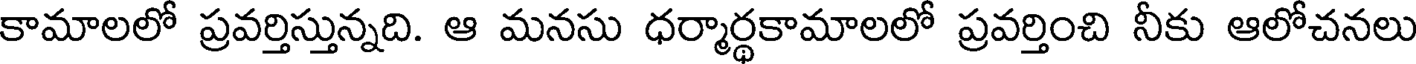
కామాలలో ప్రవర్తిస్తున్నది. ఆ మనసు ధర్మార్థకామాలలో ప్రవర్తించి నీకు ఆలోచనలు